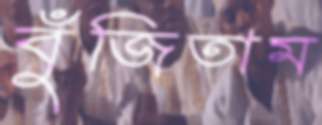
বুঁজিতাম